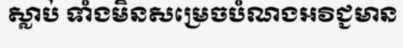
ស្លាប់ ទាំងមិនសម្រេចបំណងអវិជ្ជមាន